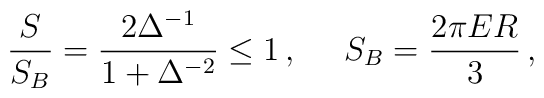
\frac{S}{S_B} = \frac{2\Delta^{-1}}{1+\Delta^{-2}} \le1\,,\,\,\,\,\,\,\,\, S_B = \frac{2\pi ER}{3}\,,